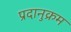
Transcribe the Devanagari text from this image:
प्रदानुक्रम